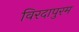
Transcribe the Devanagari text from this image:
विरदापुरम